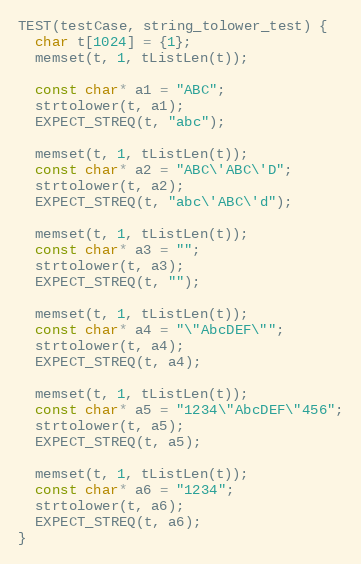
Language: C++
TEST(testCase, string_tolower_test) {
  char t[1024] = {1};
  memset(t, 1, tListLen(t));

  const char* a1 = "ABC";
  strtolower(t, a1);
  EXPECT_STREQ(t, "abc");

  memset(t, 1, tListLen(t));
  const char* a2 = "ABC\'ABC\'D";
  strtolower(t, a2);
  EXPECT_STREQ(t, "abc\'ABC\'d");

  memset(t, 1, tListLen(t));
  const char* a3 = "";
  strtolower(t, a3);
  EXPECT_STREQ(t, "");

  memset(t, 1, tListLen(t));
  const char* a4 = "\"AbcDEF\"";
  strtolower(t, a4);
  EXPECT_STREQ(t, a4);

  memset(t, 1, tListLen(t));
  const char* a5 = "1234\"AbcDEF\"456";
  strtolower(t, a5);
  EXPECT_STREQ(t, a5);

  memset(t, 1, tListLen(t));
  const char* a6 = "1234";
  strtolower(t, a6);
  EXPECT_STREQ(t, a6);
}